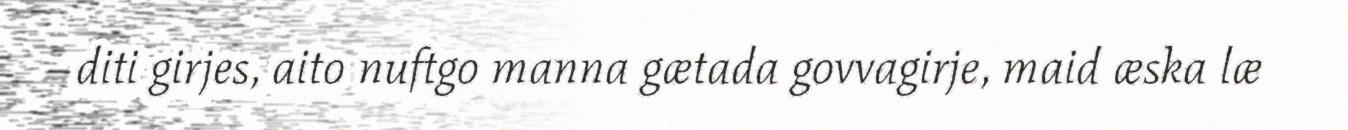
diti girjes, aito nuftgo manna gætada govvagirje, maid æska læ